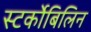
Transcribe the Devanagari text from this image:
स्‍टर्कोबिलिन